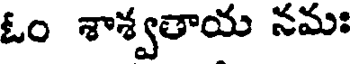
ఓం శాశ్వతాయ నమః